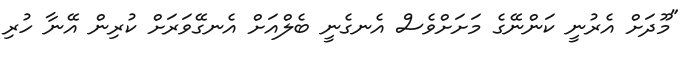
"މޫދަށް އެރުނީ ކަންނޭގެ މަށަށްވެސް އެނގެނީ ބެލްއަށް އެނގޭވަރަށް ކުރިން އޭނާ ހުރި